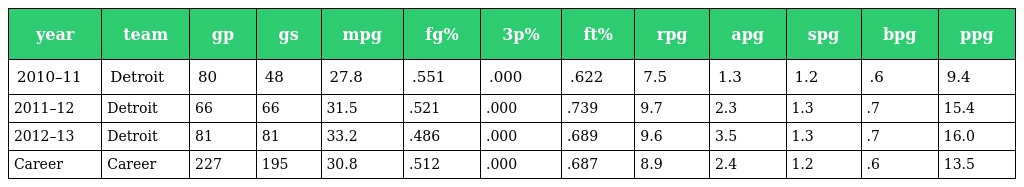
| year | team | gp | gs | mpg | fg% | 3p% | ft% | rpg | apg | spg | bpg | ppg |
 | --- | --- | --- | --- | --- | --- | --- | --- | --- | --- | --- | --- | --- |
 | 2010–11 | Detroit | 80 | 48 | 27.8 | .551 | .000 | .622 | 7.5 | 1.3 | 1.2 | .6 | 9.4 |
 | 2011–12 | Detroit | 66 | 66 | 31.5 | .521 | .000 | .739 | 9.7 | 2.3 | 1.3 | .7 | 15.4 |
 | 2012–13 | Detroit | 81 | 81 | 33.2 | .486 | .000 | .689 | 9.6 | 3.5 | 1.3 | .7 | 16.0 |
 | Career | Career | 227 | 195 | 30.8 | .512 | .000 | .687 | 8.9 | 2.4 | 1.2 | .6 | 13.5 |